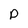
Character: p